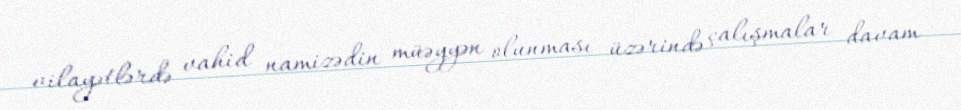
vilayətlərdə vahid namizədin müəyyən olunması üzərində çalışmalar davam